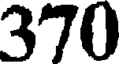
370